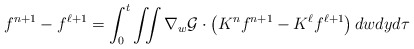
\begin{align*} f^{n+1}-f^{\ell +1} = \int^t_0 \iint \nabla_w {\cal G}\cdot\left(K^nf^{n+1}-K^{\ell}f^{\ell+1}\right) dwdy d \tau \end{align*}